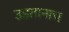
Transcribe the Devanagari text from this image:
उडतानाच